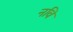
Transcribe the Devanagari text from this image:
नवि